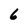
Character: 6